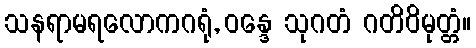
သနရာမရလောကဂရုံ, ဝန္ဒေ သုဂတံ ဂတိဝိမုတ္တံ။